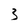
Character: 3